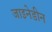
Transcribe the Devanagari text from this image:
जाइनेडीन